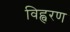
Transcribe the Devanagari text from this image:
विह्वरण